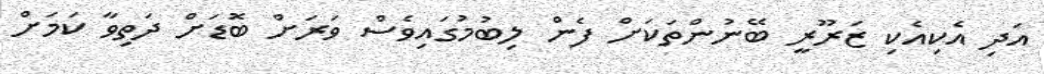
އަދި އެކިއެކި ޒަރޫރީ ބޭނުންތަކަށް ފެން ލިބުމުގައިވެސް ވަރަށް ބޮޑަށް ދަތިވާ ކަމަށް